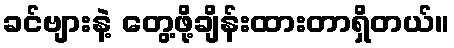
ခင်ဗျားနဲ့ တွေ့ဖို့ချိန်းထားတာရှိတယ်။